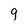
Character: 9